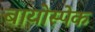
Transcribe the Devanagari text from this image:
बायोस्पेक